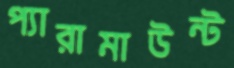
প্যারামাউন্ট